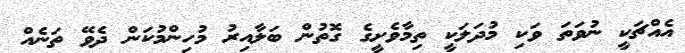
އެއްޗަކީ ނުވަތަ ވަކި މުދަލަކީ ތިމާވެށީގެ ގޮތުން ބަލާއިރު މުހިންމުކަން ދެވޭ ތަނެއް